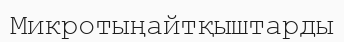
Микротыңайтқыштарды